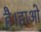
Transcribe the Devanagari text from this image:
है।हाओ